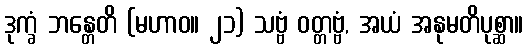
ဒုက္ခံ ဘန္တေတိ (မဟာဝ။ ၂၁) သဗ္ဗံ ဝတ္တဗ္ဗံ, အယံ အနုမတိပုစ္ဆာ။